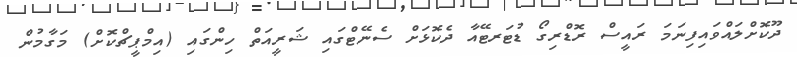
ދޫކޮށްލައްވައިފިނަމަ ރައީސް ރޮޑްރިގޯ ޑުޓަރޓޭއާ ދެކޮޅަށް ސެނޭޓްގައި ޝަރީއަތް ހިންގައި (އިމްޕީޗްކޮށް) މަގާމުން